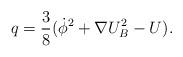
LaTeX: \begin{align*}q= \frac{3}{8}(\dot\phi^2+\nabla U_B^2 - U).\end{align*}